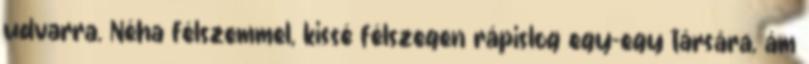
udvarra. Néha félszemmel, kissé félszegen rápislog egy-egy társára, ám